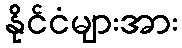
နိုင်ငံများအား